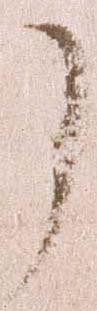
了